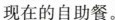
现在的自助餐。